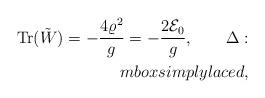
LaTeX: \begin{align*}\mbox{Tr}(\tilde{W})=-{4\varrho^2\over g}=-{2{\cal E}_0\over g},\qquad \Delta:\\mbox{simply laced},\end{align*}